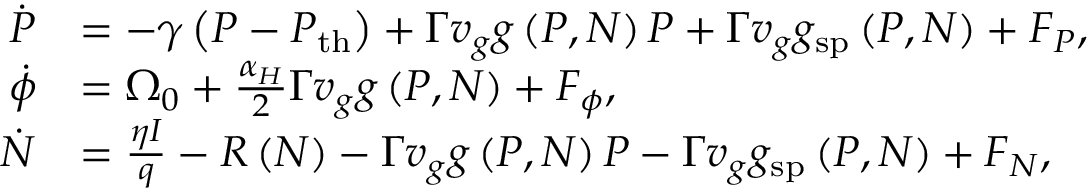
\begin{array} { r l } { \dot { P } } & { = - \gamma \left( P - P _ { \mathrm { t h } } \right) + \Gamma v _ { g } g \left( P , N \right) P + \Gamma v _ { g } g _ { \mathrm { s p } } \left( P , N \right) + F _ { P } , } \\ { \dot { \phi } } & { = \Omega _ { 0 } + \frac { \alpha _ { H } } { 2 } \Gamma v _ { g } g \left( P , N \right) + F _ { \phi } , } \\ { \dot { N } } & { = \frac { \eta I } { q } - R \left( N \right) - \Gamma v _ { g } g \left( P , N \right) P - \Gamma v _ { g } g _ { \mathrm { s p } } \left( P , N \right) + F _ { N } , } \end{array}